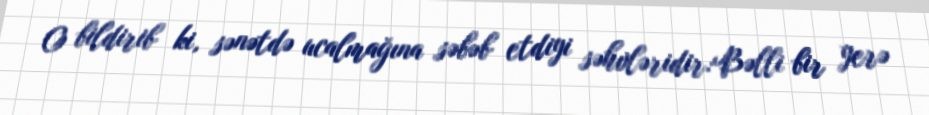
O bildirib ki, sənətdə ucalmağına səbəb etdiyi səhvləridir:Bəlli bir yerə